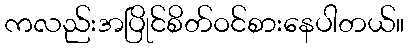
ကလည်းအပြိုင်စိတ်ဝင်စားနေပါတယ်။